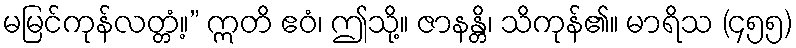
မမြင်ကုန်လတ္တံ့။” ဣတိ ဧဝံ၊ ဤသို့။ ဇာနန္တိ၊ သိကုန်၏။ မာရိသ (၄၅၅)